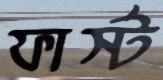
ফার্স্ট